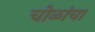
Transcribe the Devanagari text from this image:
चोळांचा